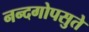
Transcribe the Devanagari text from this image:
नन्दगोपसुते